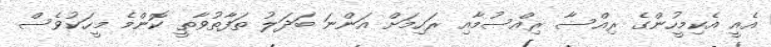
އެއީ އެކިމީހުންގެ ރިއްސާ ރިއްސުމާއި ރަހިމަށް އަންނަ ބަދަލު ތަފާތުވާތީ ކޮންމެ މީހަކުވެސް